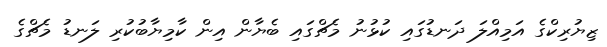
ޒިޔުރިކްގެ އަމިއްލަ ދަނޑުގައި ކުޅުނު މެޗްގައި ބެޔާން އިން ކާމިޔާބުކުރި ލަނޑު މެޗްގެ